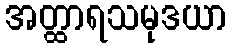
အတ္ထာရသမုဒယာ